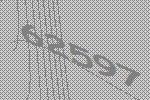
62597